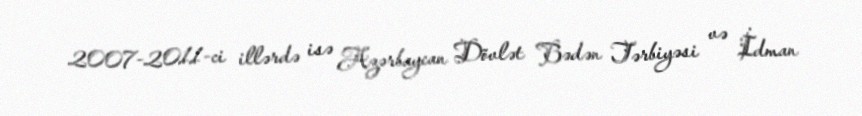
2007-2011-ci illərdə isə Azərbaycan Dövlət Bədən Tərbiyəsi və İdman